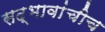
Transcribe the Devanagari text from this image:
सद्‍भावांचीच